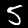
Label: 5